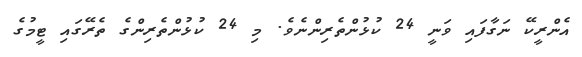
އެންރީކޭ ނަގާފައި ވަނީ 24 ކުޅުންތެރިންނެވެ. މި 24 ކުޅުންތެރިންގެ ތެރޭގައި ޓީމުގެ